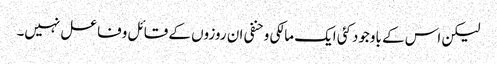
لیکن اس کے باوجودکئی ایک مالکی وحنفی ان روزوں کے قائل وفاعل نہیں۔